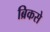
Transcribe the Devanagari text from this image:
ब्रिकसे